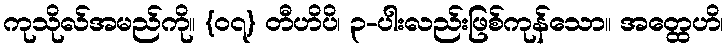
ကုသိုလ်အမည်ကို။ {၀၇} တီဟိပိ၊ ၃-ပါးလည်းဖြစ်ကုန်သော။ အတ္ထေဟိ၊